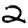
Digit: 2